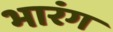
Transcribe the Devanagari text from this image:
भारंग